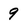
Character: 9